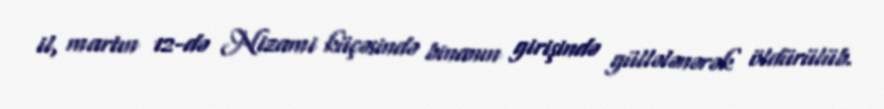
il, martın 12-də Nizami küçəsində binanın girişində güllələnərək öldürülüb.